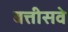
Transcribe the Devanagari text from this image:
बत्तीसवे